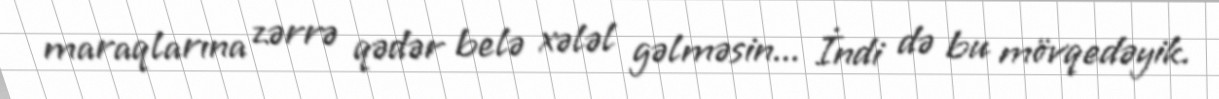
maraqlarına zərrə qədər belə xələl gəlməsin... İndi də bu mövqedəyik.